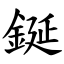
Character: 鋋